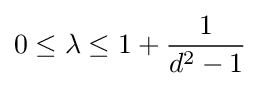
0\leq \lambda \leq 1+{\frac {1}{d^{2}-1}}